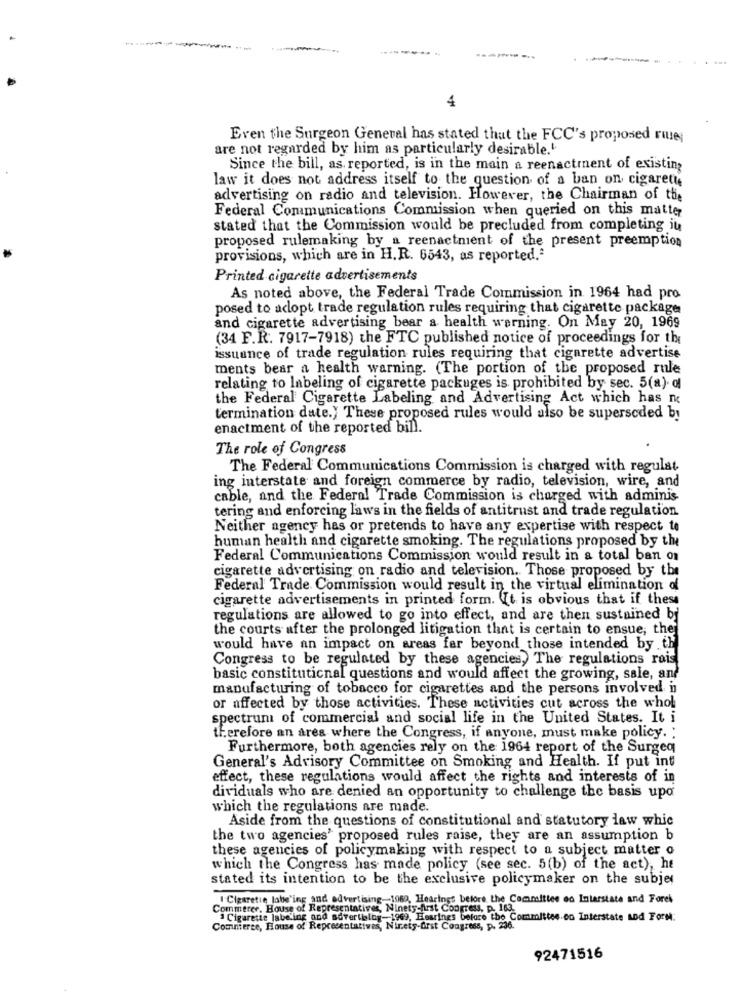
4
Even the Surgeon General has stated that the FCC's proposed rue
are not regarded by him as particularly desirable.'
Since the bill, as reported, is in the main a reenactment of existing
law it does not address itself to the question of a ban on cigarette
advertising on radio and television. However, the Chairman of the
Federal Communications Commission when queried on this matter
stated that the Commission would be precluded from completing iu
proposed rulemaking by a reenactment of the present preemption
provisions, which are in H.R. 6543, as reported."
Printed cigarette advertisements
As noted above, the Federal Trade Commission in 1964 had pro
posed to adopt trade regulation rules requiring that cigarette package
and cigarette advertising bear a health warning. On May 20, 1969
(34 F.R. 7917-7918) the FTC published notice of proceedings for the
issuance of trade regulation rules requiring that cigarette advertise
ments bear a health warning. (The portion of the proposed rule
relating to labeling of cigarette packuges is prohibited by sec. 5(a). o
the Federal Cigarette Labeling and Advertising Act which has no
termination date.} These proposed rules would also be superseded by
enactment of the reported bill.
The role of Congress
The Federal Communications Commission is charged with regulat.
ing interstate and foreign commerce by radio, television, wire, and
cable, and the Federal Trade Commission is charged with adminis
tering and enforcing laws in the fields of antitrust and trade regulation
Neither agency has or pretends to have any expertise with respect to
human health and cigarette smoking. The regulations proposed by the
Federal Communications Commission would result in a total ban on
cigarette advertising on radio and television. Those proposed by the
Federal Trade Commission would result in the virtual elimination of
cigarette advertisements in printed form. It is obvious that if these
regulations are allowed to go into effect, and are then sustained by
the courts after the prolonged litigation that is certain to ensue; they
would have an impact on areas far beyond those intended by th
Congress to be regulated by these agencies, The regulations rais
basic constitutional questions and would affect the growing, sale, and
manufacturing of tobacco for cigarettes and the persons involved in
or affected by those activities. These activities cut across the whol
spectrum of commercial and social life in the United States. It i
therefore an area where the Congress, if anyone, must make policy. :
Furthermore, both agencies rely on the 1964 report of the Surgeq
General's Advisory Committee on Smoking and Health. If put int
effect, these regulations would affect the rights and interests of in
dividuals who are denied an opportunity to challenge the basis upo
which the regulations are made.
Aside from the questions of constitutional and statutory law whic
the two agencies' proposed rules raise, they are an assumption b
these agencies of policymaking with respect to a subject matter o
which the Congress has made policy (see sec. 5(b) of the act), he
stated its intention to be the exclusive policymaker on the subjet
Cigarette labeling and advertising-1060, Hearings before the Committee on Interstate and Forek
Commerer. House of Representatives, Ninety-first Congress, p. 163.
" Cigarette labeling and advertblog-1969, Hearings before the Committee on Interstate Mod Form:
Commerce, Flouse of Representatives, Nireis-Orst Congress, p. 236.
92471516